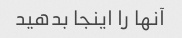
آنها را اینجا بدهید